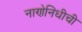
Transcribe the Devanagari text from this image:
नाणेनिधीची